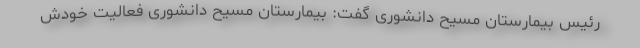
رئیس بیمارستان مسیح دانشوری گفت: بیمارستان مسیح دانشوری فعالیت خودش